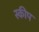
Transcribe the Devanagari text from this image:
स्कीप